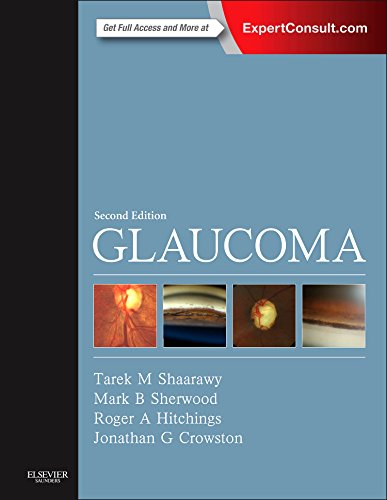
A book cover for Glaucoma: 2-Volume Set, 2e; Tarek M. Shaarawy MD  MSc; Medical Books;